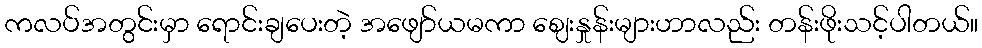
ကလပ်အတွင်းမှာ ရောင်းချပေးတဲ့ အဖျော်ယမကာ ဈေးနှုန်းများဟာလည်း တန်းဖိုးသင့်ပါတယ်။